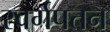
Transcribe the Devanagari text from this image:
स्वर्गपतन